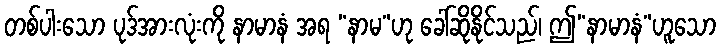
တစ်ပါးသော ပုဒ်အားလုံးကို နာမာနံ အရ “နာမ”ဟု ခေါ်ဆိုနိုင်သည်၊ ဤ“နာမာနံ”ဟူသော